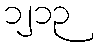
၁၂၁၃